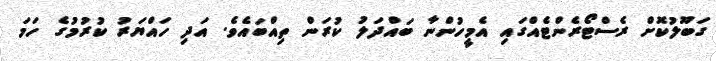
ގަބޫލުކޮށް ރެސްޓޯރެންޓެއްގައި އެމީހުންނާ ބައްދަލު ކުރަން ތިއްބައެވެ. އަދި ހައްޔަރު ކުރުމުގެ ހަމަ